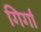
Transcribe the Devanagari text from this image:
गिर्गा